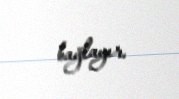
bağlayır.